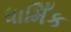
ધામિઁક